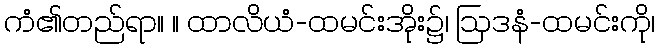
ကံ၏တည်ရာ။ ။ ထာလိယံ-ထမင်းအိုး၌၊ ဩဒနံ-ထမင်းကို၊